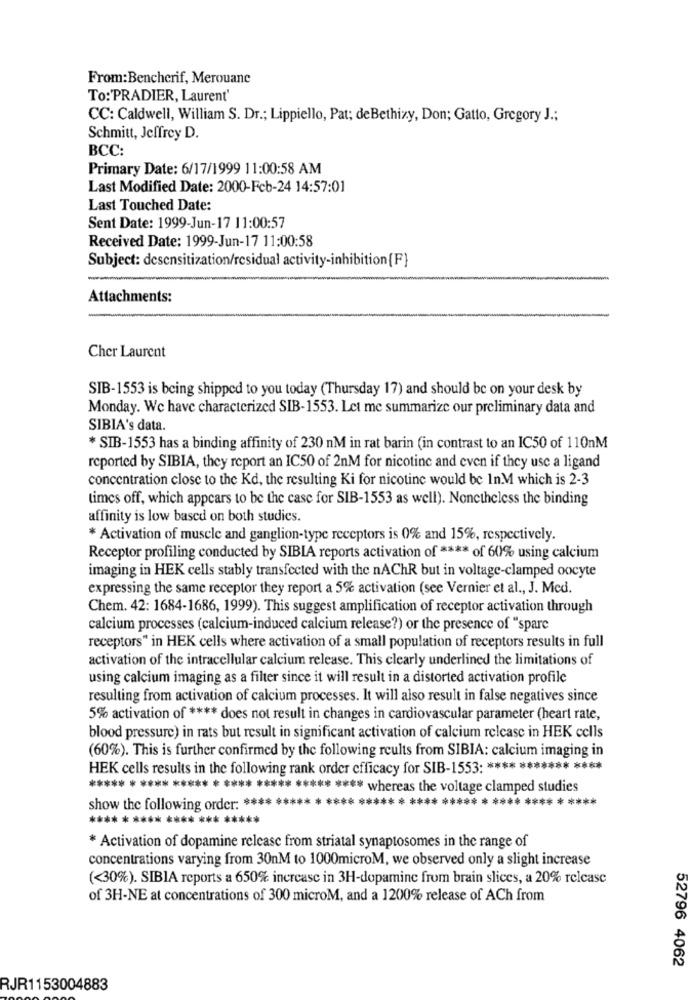
From:Bencherif, Merouane
To:'PRADIER, Laurent'
CC: Caldwell, William S. Dr .; Lippiello, Pat; deBethizy, Don; Gatto, Gregory J .;
Schmitt, Jeffrey D.
BCC:
Primary Date: 6/17/1999 11:00:58 AM
Last Modified Date: 2000-Feb-24 14:57:01
Last Touched Date:
Sent Date: 1999-Jun-17 11:00:57
Received Date: 1999-Jun-17 11:00:58
Subject: desensitization/residual activity-inhibition {F}
Attachments:
Cher Laurent
SIB-1553 is being shipped to you today (Thursday 17) and should be on your desk by
Monday. We have characterized SIB-1553. Let me summarize our preliminary data and
SIBIA's data.
* SIB-1553 has a binding affinity of 230 nM in rat barin (in contrast to an IC50 of 110nM
reported by SIBIA, they report an IC50 of 2nM for nicotine and even if they use a ligand
concentration close to the Kd, the resulting Ki for nicotine would be InM which is 2-3
times off, which appears to be the case for SIB-1553 as well). Nonetheless the binding
affinity is low based on both studies.
* Activation of muscle and ganglion-type receptors is 0% and 15%, respectively.
Receptor profiling conducted by SIBLA reports activation of **** of 60% using calcium
imaging in HEK cells stably transfected with the nAChR but in voltage-clamped oocyte
expressing the same receptor they report a 5% activation (see Vernier et al ., J. Med.
Chem. 42: 1684-1686, 1999). This suggest amplification of receptor activation through
calcium processes (calcium-induced calcium release?) or the presence of "spare
receptors" in HEK cells where activation of a small population of receptors results in full
activation of the intracellular calcium release. This clearly underlined the limitations of
using calcium imaging as a filter since it will result in a distorted activation profile
resulting from activation of calcium processes. It will also result in false negatives since
5% activation of **** does not result in changes in cardiovascular parameter (heart rate,
blood pressure) in rats but result in significant activation of calcium release in HEK cells
(60%). This is further confirmed by the following reults from SIBIA: calcium imaging in
HEK cells results in the following rank order efficacy for SIB-1553: **** ******* ****
***** * **** ***** * **** ***** ***** **** whereas the voltage clamped studies
show the following order: **** ***** * **** ****** **** ***** * **** **** * ****
**** * **** **** *** *****
* Activation of dopamine release from striatal synaptosomes in the range of
concentrations varying from 30nM to 1000microM, we observed only a slight increase
(<30%). SIBIA reports a 650% increase in 3H-dopamine from brain slices, a 20% release
of 3H-NE at concentrations of 300 microM, and a 1200% release of ACh from
52796 4062
RJR1153004883